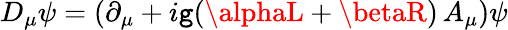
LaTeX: D_{\mu}\psi=(\partial_{\mu}+i\mathtt{g}(\alphaL+\betaR)\, A_{\mu})\psi